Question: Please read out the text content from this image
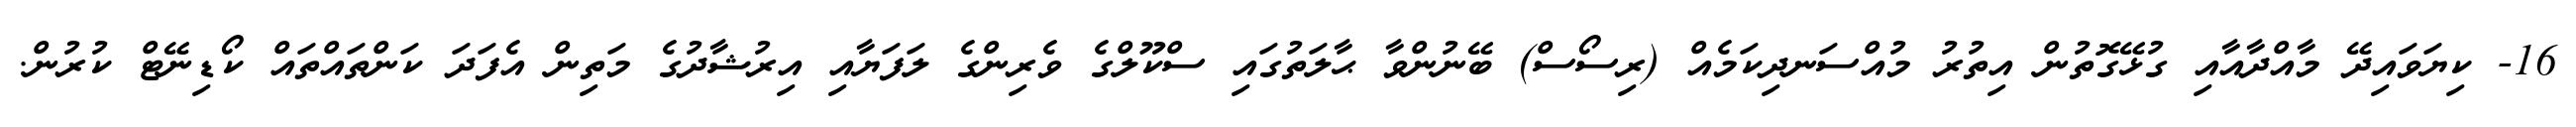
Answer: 16- ކިޔަވައިދޭ މާއްދާއާއި ގުޅޭގޮތުން އިތުރު މުއްސަނދިކަމެއް (ރިސޯސް) ބޭނުންވާ ޙާލަތުގައި ސްކޫލްގެ ވެރިންގެ ލަފަޔާއި އިރުޝާދުގެ މަތިން އެފަދަ ކަންތައްތައް ކޯޑިނޭޓް ކުރުން.